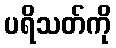
ပရိသတ်ကို